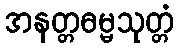
အနတ္တဓမ္မသုတ္တံ